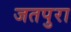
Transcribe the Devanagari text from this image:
जतपुरा